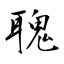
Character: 聭